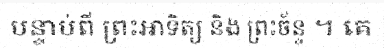
បន្ទាប់ពី ព្រះអាទិត្យ និង ព្រះច័ន្ទ ។ គេ